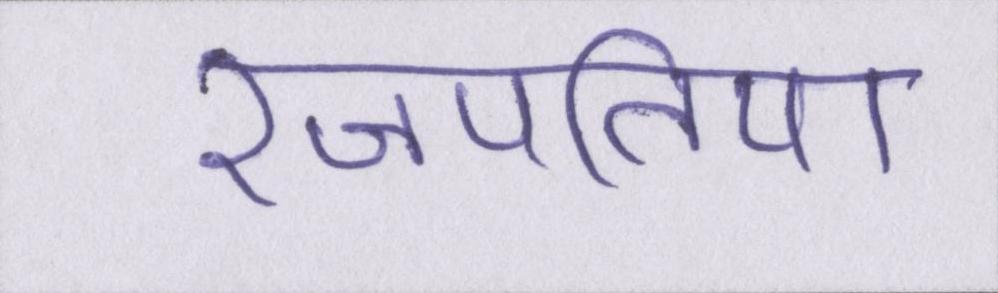
रजपतिया